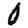
Digit: 0